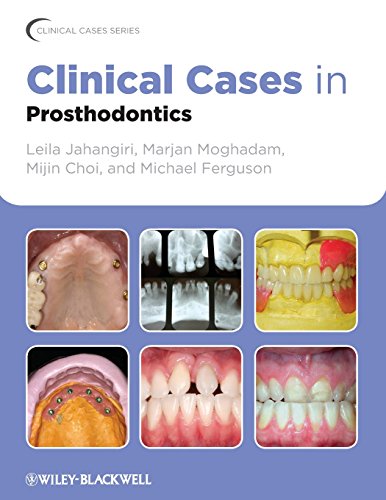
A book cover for Clinical Cases in Prosthodontics; Leila Jahangiri; Medical Books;